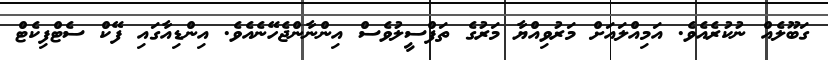
ގަބޫލެއް ނުކުރެއެވެ. އަމިއްލައަށް މަރުވިއްޔާ މަރުގެ ތަފްސީލުވެސް އިންނާންޖެހޭނެއެވެ. އިންޑިއާގައި ފޭކް ސެޓްފިކެޓް